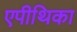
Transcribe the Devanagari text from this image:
एपीथिका